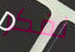
نفكر